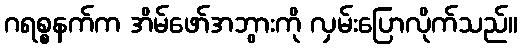
ဂရစ္စနက်က အိမ်ဖော်အဘွားကို လှမ်းပြောလိုက်သည်။